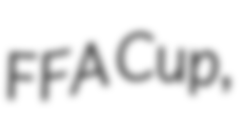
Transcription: FFA Cup,